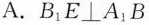
A.B_{1}E \perp A_{1}B